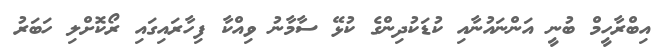
އިބްރާހީމް ބުނީ އަންނައުނާއި ކުޑަކުދިންގެ ކުޅޭ ސާމާނު ވިއްކާ ފިހާރައިގައި ރޯކޮށްލި ހަބަރު